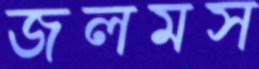
জলমস